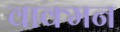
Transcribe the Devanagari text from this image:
वाक्मन